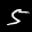
Label: 5